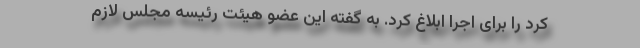
کرد را برای اجرا ابلاغ کرد. به گفته این عضو هیئت رئیسه مجلس لازم